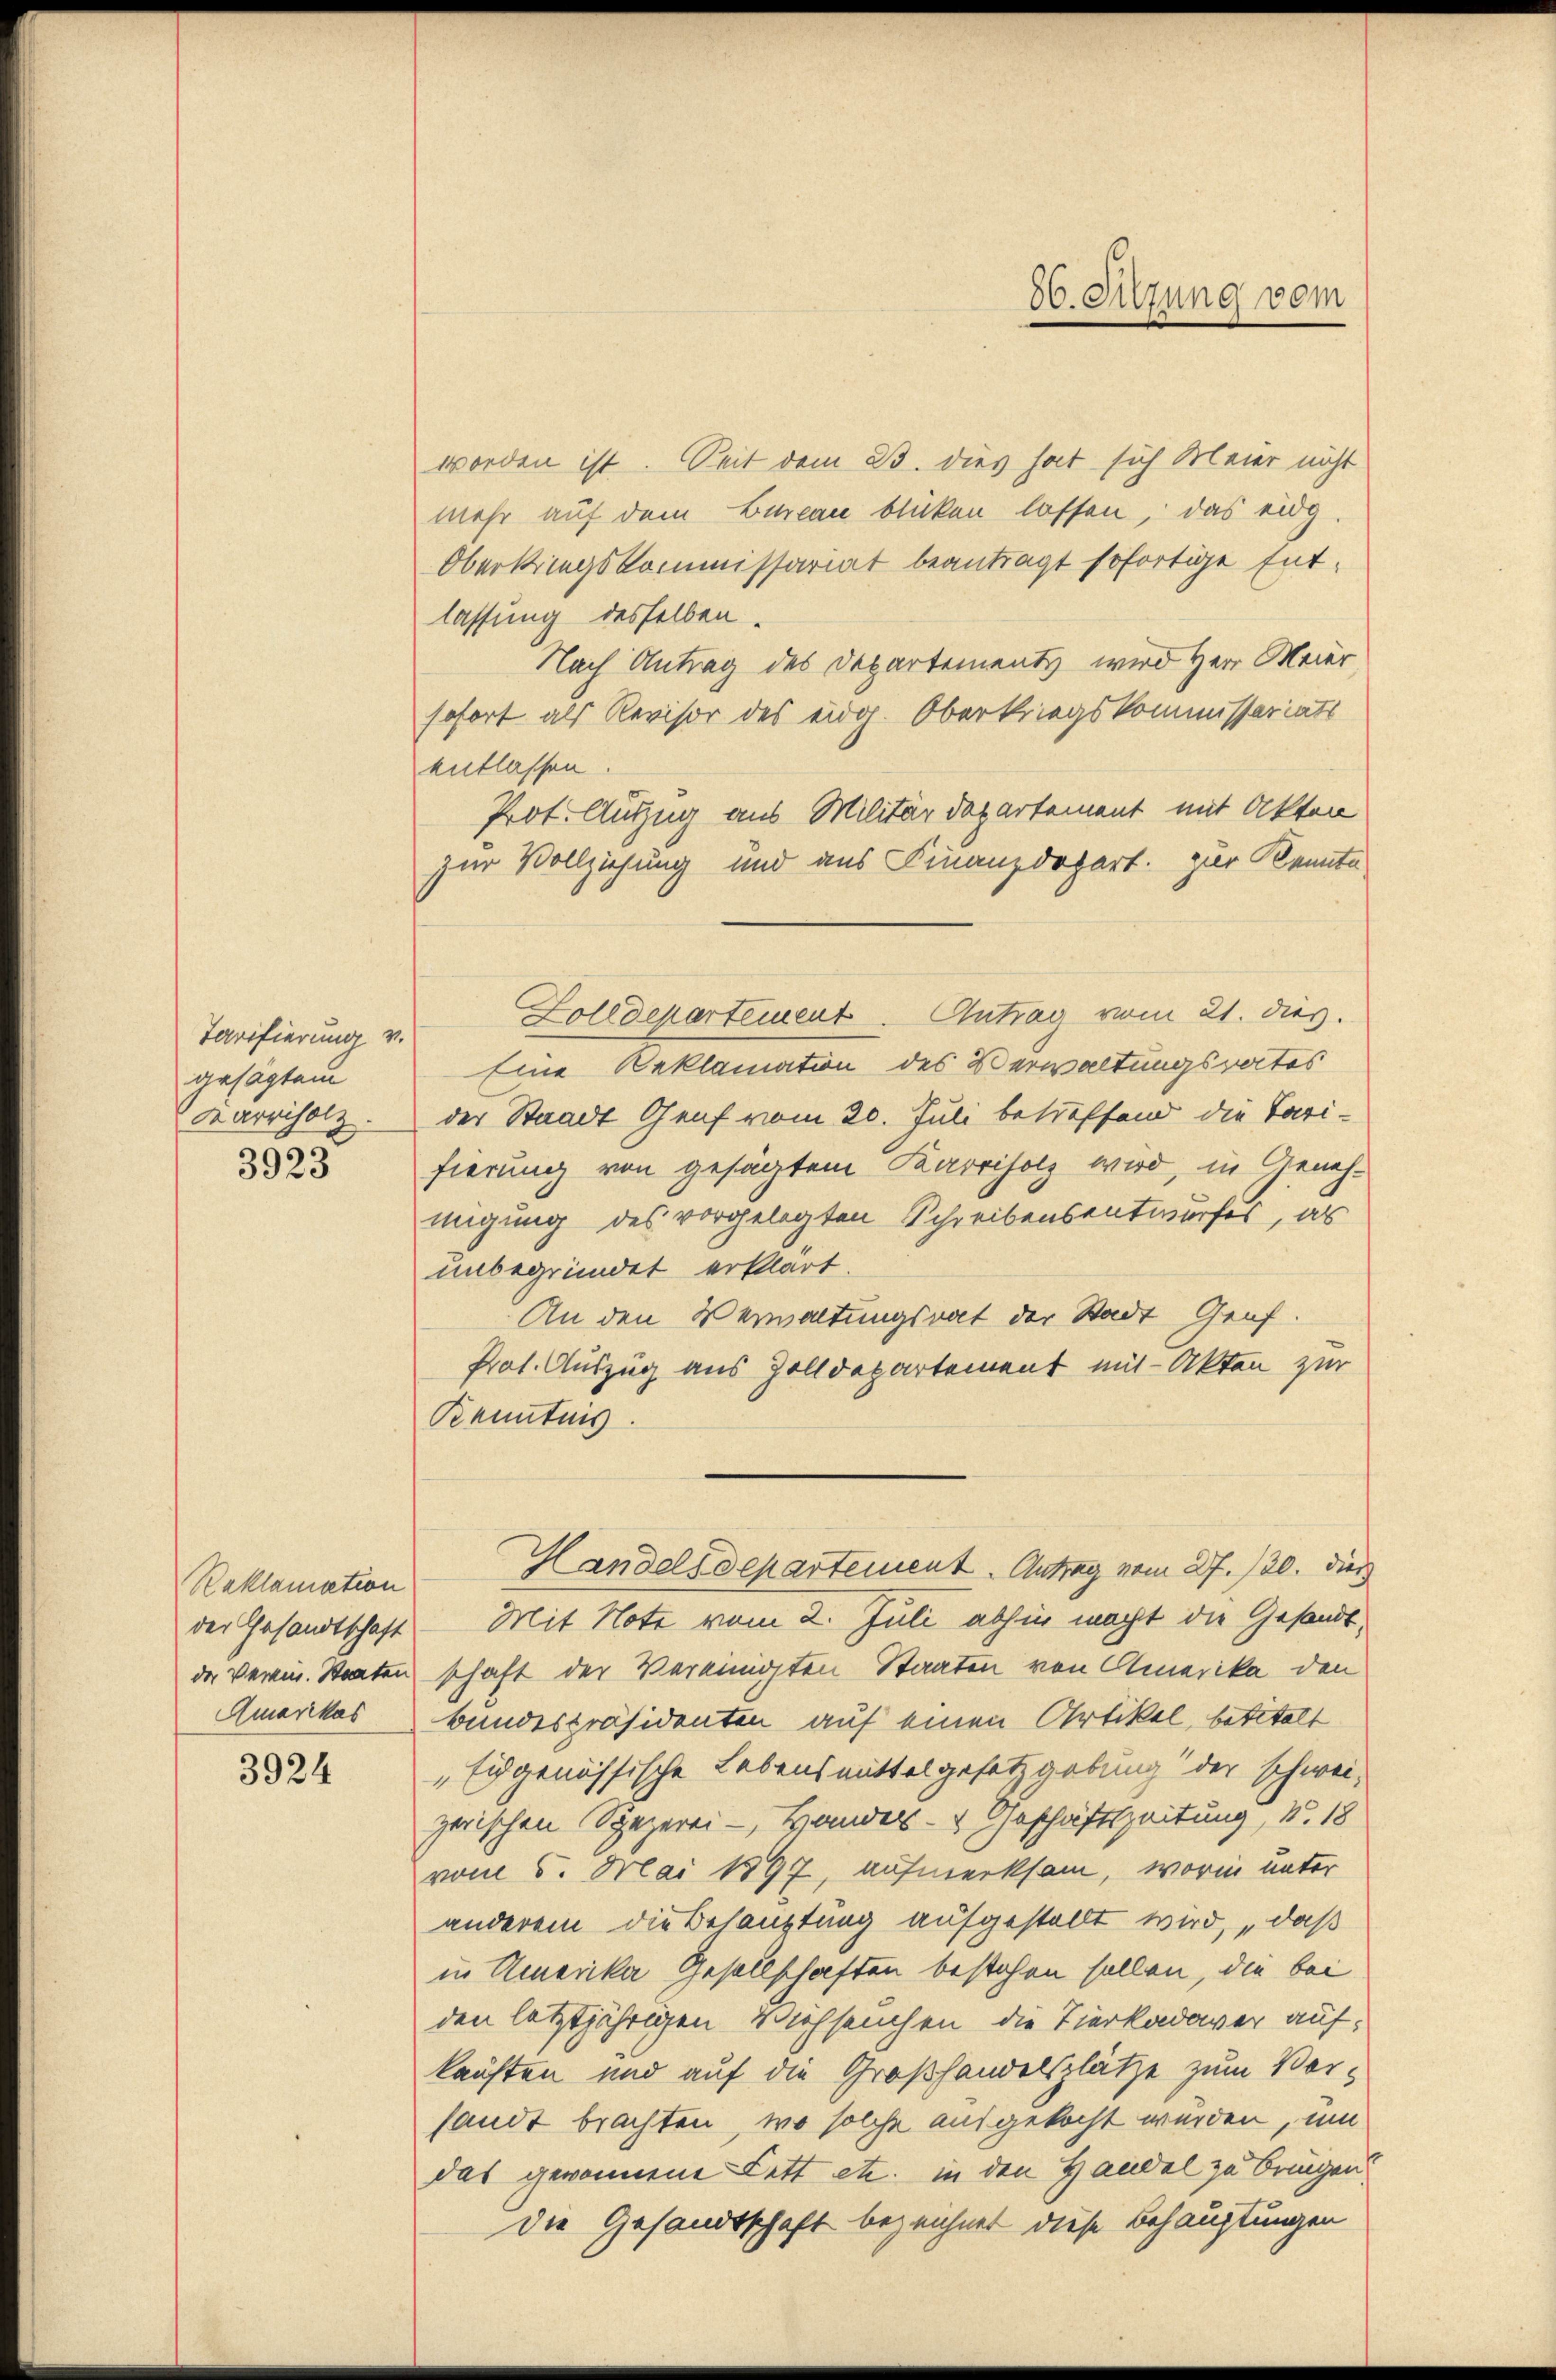
Tarifierung v.
gesagten
Karriholz.
3923

Reklamation
Amerikas

3924

worden ist. Seit dem 23. dies hat sich Meier nicht
mehr auf dem Bureau blicken lassen, das eidg.
Oberkriegskommissariat beantragt sofortige Entlassung desselben
Nach Antrag des Departements wird Herr Meier,
sofort als Revisor des eidg. Oberkriegskommissariats
entlassen.
Prot. Auszug aus Militärdepartement mit Akten
zur Vollziehung und aus Finanzdepart zur Kenntn
Zolldepartement. Antrag vom 21. dies.
Eine Beklamation des Verwaltungsrates
der Staadt Genf vom 20. Juli betreffend die Tarifierung von gesagtem Karriholz wird, in Genehmigung des vorgelegten Schreibensentwurfes, als
unbegründet erklärt.
An den Verwaltungsrat der Stadt Genf.
Prot. Auszug aus Zolldepartement mit Akten zur
Kenntnis.
Handelsdepartement. Antrag vom 27./20. dies
der Gesandtschaft. Mit Note vom 2. Juli abhin macht die Gesandtder Verein. Staaten schaft der Vereinigten Staaten von Amerika, den
bundespräsidenten auf einen Artikel, betitelt
„Eidgenössische Lebensmittelgesetzgebung der schwei-
zerischen Spezerei - Hander- & Geschäftszeitung, N. 18
vom 5. Mai 1897, aufmerksam, worin unter
anderem die Behauptung aufgestellt wird, „daß
in Amerika Gesellschaften bestehen sollen, die bei
den letztjährigen Viehseuchen, die Tierkadaver aufkauften und auf die Großhandelsplätze zum Vorsandt brachten, wo solche ausgekocht werden, um
das gewonnene Lett etc. in den Handel zu bringen.
die Gesandtschaft bezeichnet diese Behauptungen

86. Sitzung vom